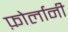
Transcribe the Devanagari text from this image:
फ़ोर्लानी